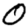
Digit: 0